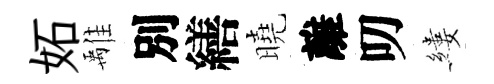
妬𩀌別繕曉離叨縷